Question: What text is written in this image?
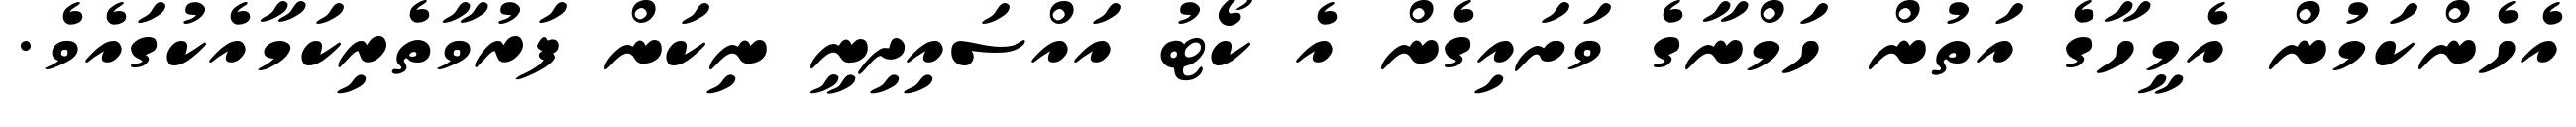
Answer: އެހެންކަމުން އެމީހާގެ އަތުން ހަމްނާގެ ވަށައިގެން އެ ކޯޓު އައްސައިދިނީ ނިކަން ފަރުވާތެރިކަމާއެކުގައެވެ.